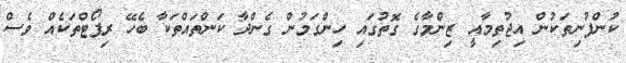
ކުންފުނިތަކުން އިޖުތިމާއީ ޒިންމާގެ ގޮތުގައި ހިންގަމުން ގެންދާ ކަންތައްތަކާ ބެހޭ ރިޕޯޓްތަކެއް ވެސް